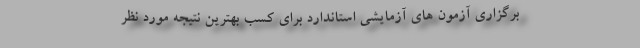
برگزاری آزمون های آزمایشی استاندارد برای کسب بهترین نتیجه مورد نظر